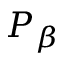
P _ { \beta }